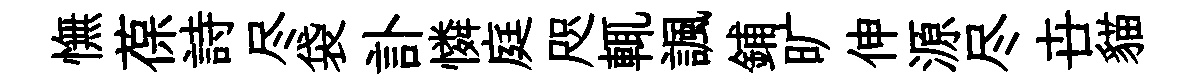
憮葆詩尽袋訃憐庭咫輒諷鋪旷伸源尽卋貓